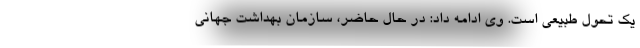
یک تحول طبیعی است. وی ادامه داد: در حال حاضر، سازمان بهداشت جهانی